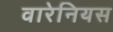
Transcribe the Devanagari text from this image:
वारेनियस